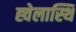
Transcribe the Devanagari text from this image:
ह्वेलास्थि